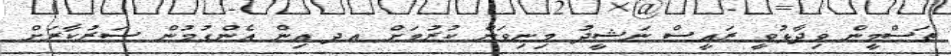
ތަސްމީން ވިދާޅުވީ ރައީސް ނަޝީދު މިނިވަން ކުރުމަށް އދ އިން އެންގުމުން ސަރުކާރަށް